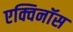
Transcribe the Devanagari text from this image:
एक्विनॉस